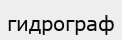
гидрограф